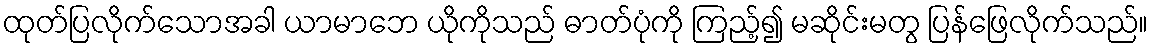
ထုတ်ပြလိုက်သောအခါ ယာမာဘေ ယိုကိုသည် ဓာတ်ပုံကို ကြည့်၍ မဆိုင်းမတွ ပြန်ဖြေလိုက်သည်။